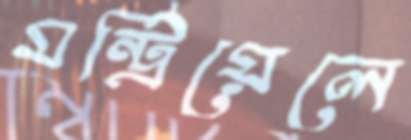
মন্ট্রিয়েলে